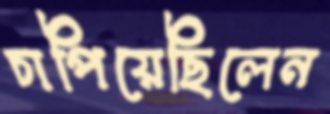
চাপিয়েছিলেন